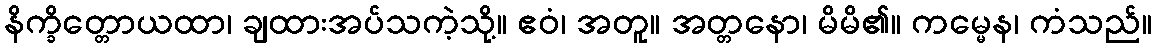
နိက္ခိတ္တောယထာ၊ ချထားအပ်သကဲ့သို့။ ဧဝံ၊ အတူ။ အတ္တနော၊ မိမိ၏။ ကမ္မေန၊ ကံသည်။